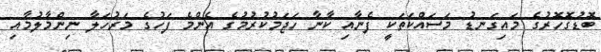
ބޮޑުގޮހޮރުގެ މައިގަނޑު މަސައްކަތަކީ ފެނާއި ކާނާ ހަޖަމުކުރުމުގެ އެންމެ ފަހުގެ މަރުހަލާ ނިންމާލުމާއި